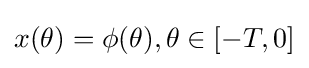
x(\theta )=\phi (\theta ),\theta \in [-T,0]